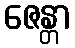
ဇေန္တာ